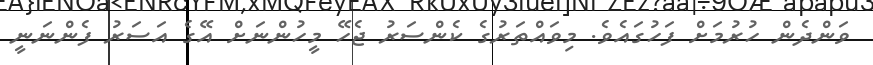
ވަންދެން ހުރުމަށް ފަހުގައެވެ. މިވައްތަރުގެ ކެންސަރު ޖެހޭ މީހުންނަށް އޭގެ އަސަރު ފެންނަނީ